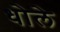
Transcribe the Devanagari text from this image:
धोले